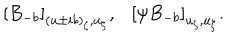
LaTeX: \left[ B _ { - b } \right] _ { ( u \pm i b ) _ { \zeta } , u _ { \zeta } } , \left[ \psi B _ { - b } \right] _ { u _ { \zeta } , u _ { \zeta } } .